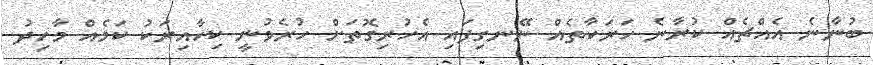
ބުނާނެ އެއްޗެއް ކުރާނެ ހަރަކާތެއް ނޭނގިފައި އެހުރިގޮތަށް ހުރެވުނީ ކިހާއިރަކު ކަމެއް މާހިދު